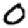
Digit: 0